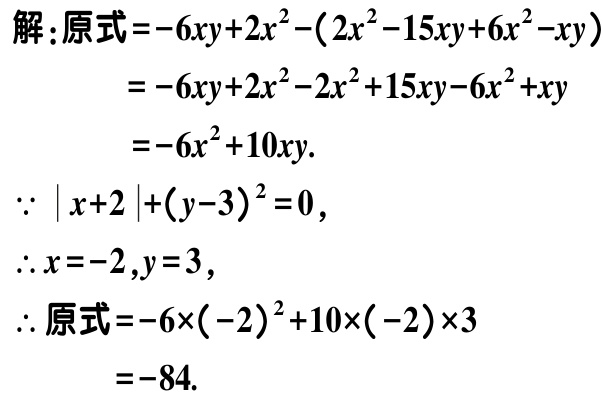
解：原式\(=-6xy + 2x^{2}-(2x^{2}-15xy + 6x^{2}-xy)\)

\(=-6xy + 2x^{2}-2x^{2}+15xy - 6x^{2}+xy\)

\(=-6x^{2}+10xy\).

\(\because\vert x + 2\vert+(y - 3)^{2}=0\)，

\(\therefore x=-2,y = 3\)，

\(\therefore\)原式\(=-6\times(-2)^{2}+10\times(-2)\times3\)

\(=-84\).